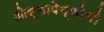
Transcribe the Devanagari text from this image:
ओस्तापेन्कोची